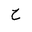
Letter: _ha